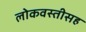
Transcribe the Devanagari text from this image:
लोकवस्तीसह